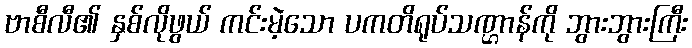
ဗာစီလီ၏ နှစ်လိုဖွယ် ကင်းမဲ့သော ပကတိရုပ်သဏ္ဌာန်ကို ဘွားဘွားကြီး